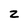
Character: z